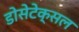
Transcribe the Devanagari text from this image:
डोसेटेक्सल